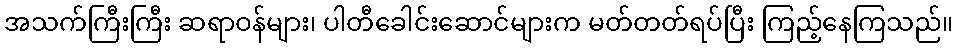
အသက်ကြီးကြီး ဆရာဝန်များ၊ ပါတီခေါင်းဆောင်များက မတ်တတ်ရပ်ပြီး ကြည့်နေကြသည်။